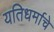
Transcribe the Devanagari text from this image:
यतिधर्माचे